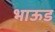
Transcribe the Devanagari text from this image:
भाऊड